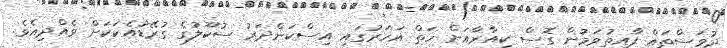
ދުވަސްތައް ފާއިތުވަމުން ގޮސް ކިއާރާއަށް ހަތް އަހަރުގައި އިސްކަންދަރު ސުކޫލުގެ ގުރޭޑުއެކަކަށް ވެއްދިއެވެ.